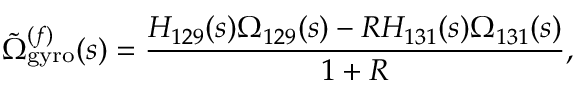
\tilde { \Omega } _ { \mathrm { g y r o } } ^ { ( f ) } ( s ) = \frac { H _ { 1 2 9 } ( s ) \Omega _ { 1 2 9 } ( s ) - R H _ { 1 3 1 } ( s ) \Omega _ { 1 3 1 } ( s ) } { 1 + R } ,